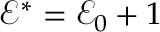
\mathcal { E } ^ { * } = \mathcal { E } _ { 0 } + 1